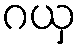
ဂယှ